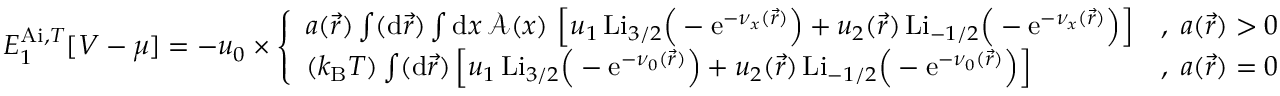
\begin{array} { r } { E _ { 1 } ^ { \mathrm { A i } , T } [ V - \mu ] = - u _ { 0 } \times \left\{ \begin{array} { l l } { a ( \vec { r } ) \int ( \mathrm { d } \vec { r } ) \int \mathrm { d } x \, \mathcal { A } ( x ) \, \left[ u _ { 1 } \, \mathrm { L i } _ { 3 / 2 } \Big ( - \mathrm { e } ^ { - \nu _ { x } ( \vec { r } ) } \Big ) + u _ { 2 } ( \vec { r } ) \, \mathrm { L i } _ { - 1 / 2 } \Big ( - \mathrm { e } ^ { - \nu _ { x } ( \vec { r } ) } \Big ) \right] } & { , \; a ( \vec { r } ) > 0 } \\ { ( k _ { \mathrm { B } } T ) \int ( \mathrm { d } \vec { r } ) \left[ u _ { 1 } \, \mathrm { L i } _ { 3 / 2 } \Big ( - \mathrm { e } ^ { - \nu _ { 0 } ( \vec { r } ) } \Big ) + u _ { 2 } ( \vec { r } ) \, \mathrm { L i } _ { - 1 / 2 } \Big ( - \mathrm { e } ^ { - \nu _ { 0 } ( \vec { r } ) } \Big ) \right] } & { , \; a ( \vec { r } ) = 0 } \end{array} \right. } \end{array}